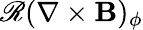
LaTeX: \mathscr{R}(\nabla\times\mathbf{B})_{\phi}